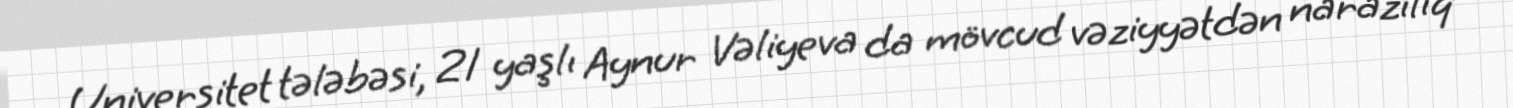
Universitet tələbəsi, 21 yaşlı Aynur Vəliyeva da mövcud vəziyyətdən narazılıq